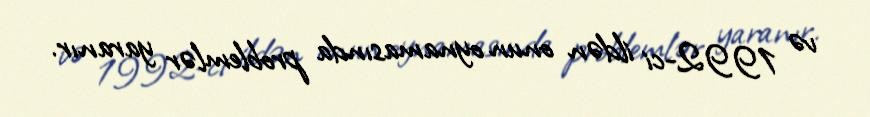
və 1992-ci ildən onun oynamasında problemlər yaranır.